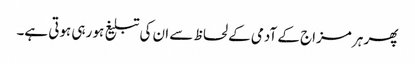
پھر ہر مزاج کے آدمی کے لحاظ سے ان کی تبلیغ ہو رہی ہوتی ہے۔